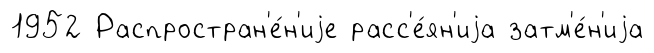
1952 Распростран'е́н'иjе расс'е́ян'иjа затм'е́н'иjа